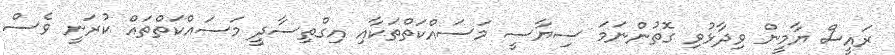
ރައީސް ޔާމީން ވިދާޅުވި ގޮތުންނަމަ ސިޔާސީ މަސައްކަތްތަކާއި އިގްތިސާދީ މަސައްކަތްތައް ކުރަނީ ވެސް